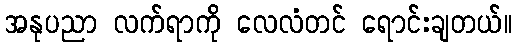
အနုပညာ လက်ရာကို လေလံတင် ရောင်းချတယ်။